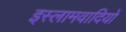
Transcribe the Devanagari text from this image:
इस्लामवादियों